Report on sanitation, dispensaries, and jails in Rajputana for 1921, and on vaccination for the year 1921-1922 - 1921-1922
Year: 1921
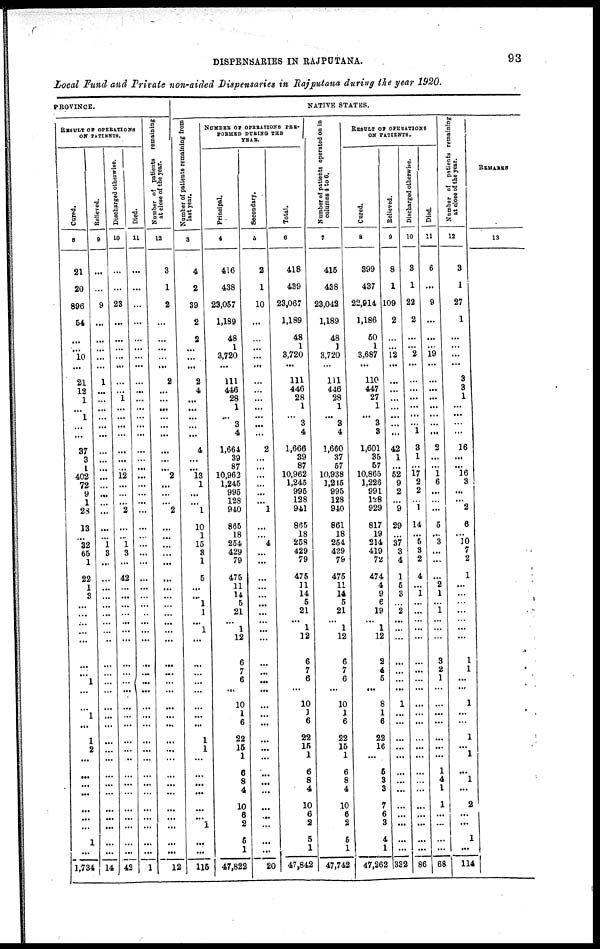
DISPENSARIES IN RAJPUTANA.
93
Local Fund and Private non-aided Dispensaries in Rajputana during the year 1920.
PROVINCE.
RESULT OF OPERATIONS
ON PATIENTS.
Cured.
8
21
20
896
54
...
...
10
...
21
12
1
...
1
...
...
37
3
1
402
72
9
1
23
13
...
32
65
1
22
1
3
...
...
...
...
...
...
...
1
...
...
1
...
1
2
...
...
...
...
...
...
...
1
...
1,734
Relieved.
9
...
...
9
...
...
...
...
...
1
...
...
...
...
...
...
...
...
...
...
...
...
...
...
...
...
1
3
...
...
...
...
...
...
...
...
...
...
...
...
...
...
...
...
...
...
...
...
...
...
...
...
...
...
...
14
Discharged otherwise.
10
...
...
23
...
...
...
...
...
...
...
1
...
...
...
...
...
...
...
12
...
...
...
2
...
...
1 3
...
42
...
...
...
...
...
...
...
...
...
...
...
...
...
...
...
...
...
...
...
...
...
...
...
...
...
42
Died.
11
...
...
...
...
...
...
...
...
...
...
...
...
...
...
...
...
...
...
...
...
...
...
...
...
...
...
...
...
...
...
...
...
...
...
...
...
...
...
...
...
...
...
...
...
...
...
...
...
...
...
...
...
...
...
1
Number of patients remaining
at close of the year.
12
3
1
2
...
...
...
...
...
2
...
...
...
...
...
...
...
...
...
2
...
...
...
2
...
...
...
...
...
...
...
...
...
...
...
...
...
...
...
...
...
...
...
...
...
...
...
...
...
...
...
...
...
...
...
12
NATIVE STATES.
Number of patients remaining from
last year.
3
4
2
39
2
2
...
...
...
2
4
...
...
...
...
...
4
...
...
13
1
...
...
1
10
1
15
3
1
5
...
...
1
1
...
1
...
...
...
...
...
...
...
...
1
1
...
...
...
...
...
...
1
...
...
115
NUMBER OF OPERATIONS PER-
FORMED DURING THE
YEAR.
Principal.
4
416
438
23,057
1,189
48
1
3,720
...
111
446
28
1
...
3
4
1,664
39
87
10,962
1,245
995
128
940
865
18
254
429
79
475
11
14
5
21
...
1
12
6
7
6
...
10
1
6
22
15
1
6
8
4
10
6
2
5
1
47,822
Secondary.
5
2
1
10
...
...
...
...
...
...
...
...
...
...
...
...
2
...
...
...
...
...
...
1
...
...
4
...
...
...
...
...
...
...
...
...
...
...
...
...
...
...
...
...
...
...
...
...
...
...
...
...
...
...
...
20
Total.
6
418
439
23,067
1,189
48
1
3,720
...
111
446
28
1
...
3
4
1,666
39
87
10,962
1,245
995
128
941
865
18
258
429
79
475
11
14
5
21
...
1
12
6
7
6
...
10
1
6
22
15
1
6
8
4
10
6
2
5
1
47,842
Number of patients operated on in
columns 4 to 6.
7
415
438
23,042
1,189
48
1
3,720
...
111
446
28
1
...
3
4
1,660
37
57
10,938
1,215
995
128
940
861
18
254
429
79
475
11
14
5
21
...
1
12
6
7
6
...
10
1
6
22
15
1
6
8
4
10
6
2
5
1
47,742
RESULT OF OPERATIONS
ON PATIENTS.
Cured.
8
399
437
22,914
1,186
50
1
3,687
...
110
447
27
1
...
3
3
1,601
35
57
10,865
1,226
991
128
929
817
19
214
419
72
474
4
9
6
19
...
1
12
2
4
5
...
8
1
6
22
16
...
6
3
3
7
6
3
4
1
47,262
Relieved.
9
8
1
109
2
...
...
12
...
...
...
...
...
...
...
...
42
1
...
52
9
2
...
9
29
...
37
3
4
1
5
3
...
2
...
...
...
...
...
...
...
1
...
...
...
...
...
...
...
...
...
...
...
...
...
332
Discharged otherwise.
10
3
1
22
2
...
...
2
...
...
...
...
...
...
...
1
3
1
...
17
2
2
...
1
14
...
5
3
2
4
...
1
...
...
...
...
...
...
...
...
...
...
...
...
...
...
...
...
...
...
...
...
...
...
...
86
Died.
11
6
...
9
...
...
...
19
...
...
...
...
...
...
...
...
2
...
...
1
6
...
...
...
5
...
3
...
...
...
2
1
...
1
...
...
...
3
2
1
...
...
...
...
...
...
...
1
4
1
1
...
...
...
...
68
Number of patients remaining
at close of the year.
12
3
1
27
1
...
...
...
...
3
3
1
...
...
...
...
16
...
...
16
3
...
...
2
6
...
10
7
2
1
...
...
...
...
...
...
...
1
1
...
...
1
...
...
1
1
1
...
1
...
2
...
...
1
...
114
REMARKS
13